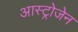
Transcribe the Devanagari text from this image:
आस्ट्रोजेन